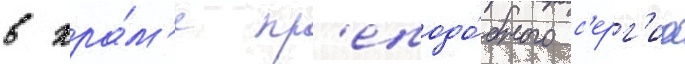
в хра́м'е пр'еподо́бного с'ерг'иа